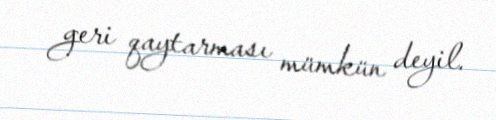
geri qaytarması mümkün deyil.